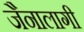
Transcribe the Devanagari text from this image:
जैनालागी